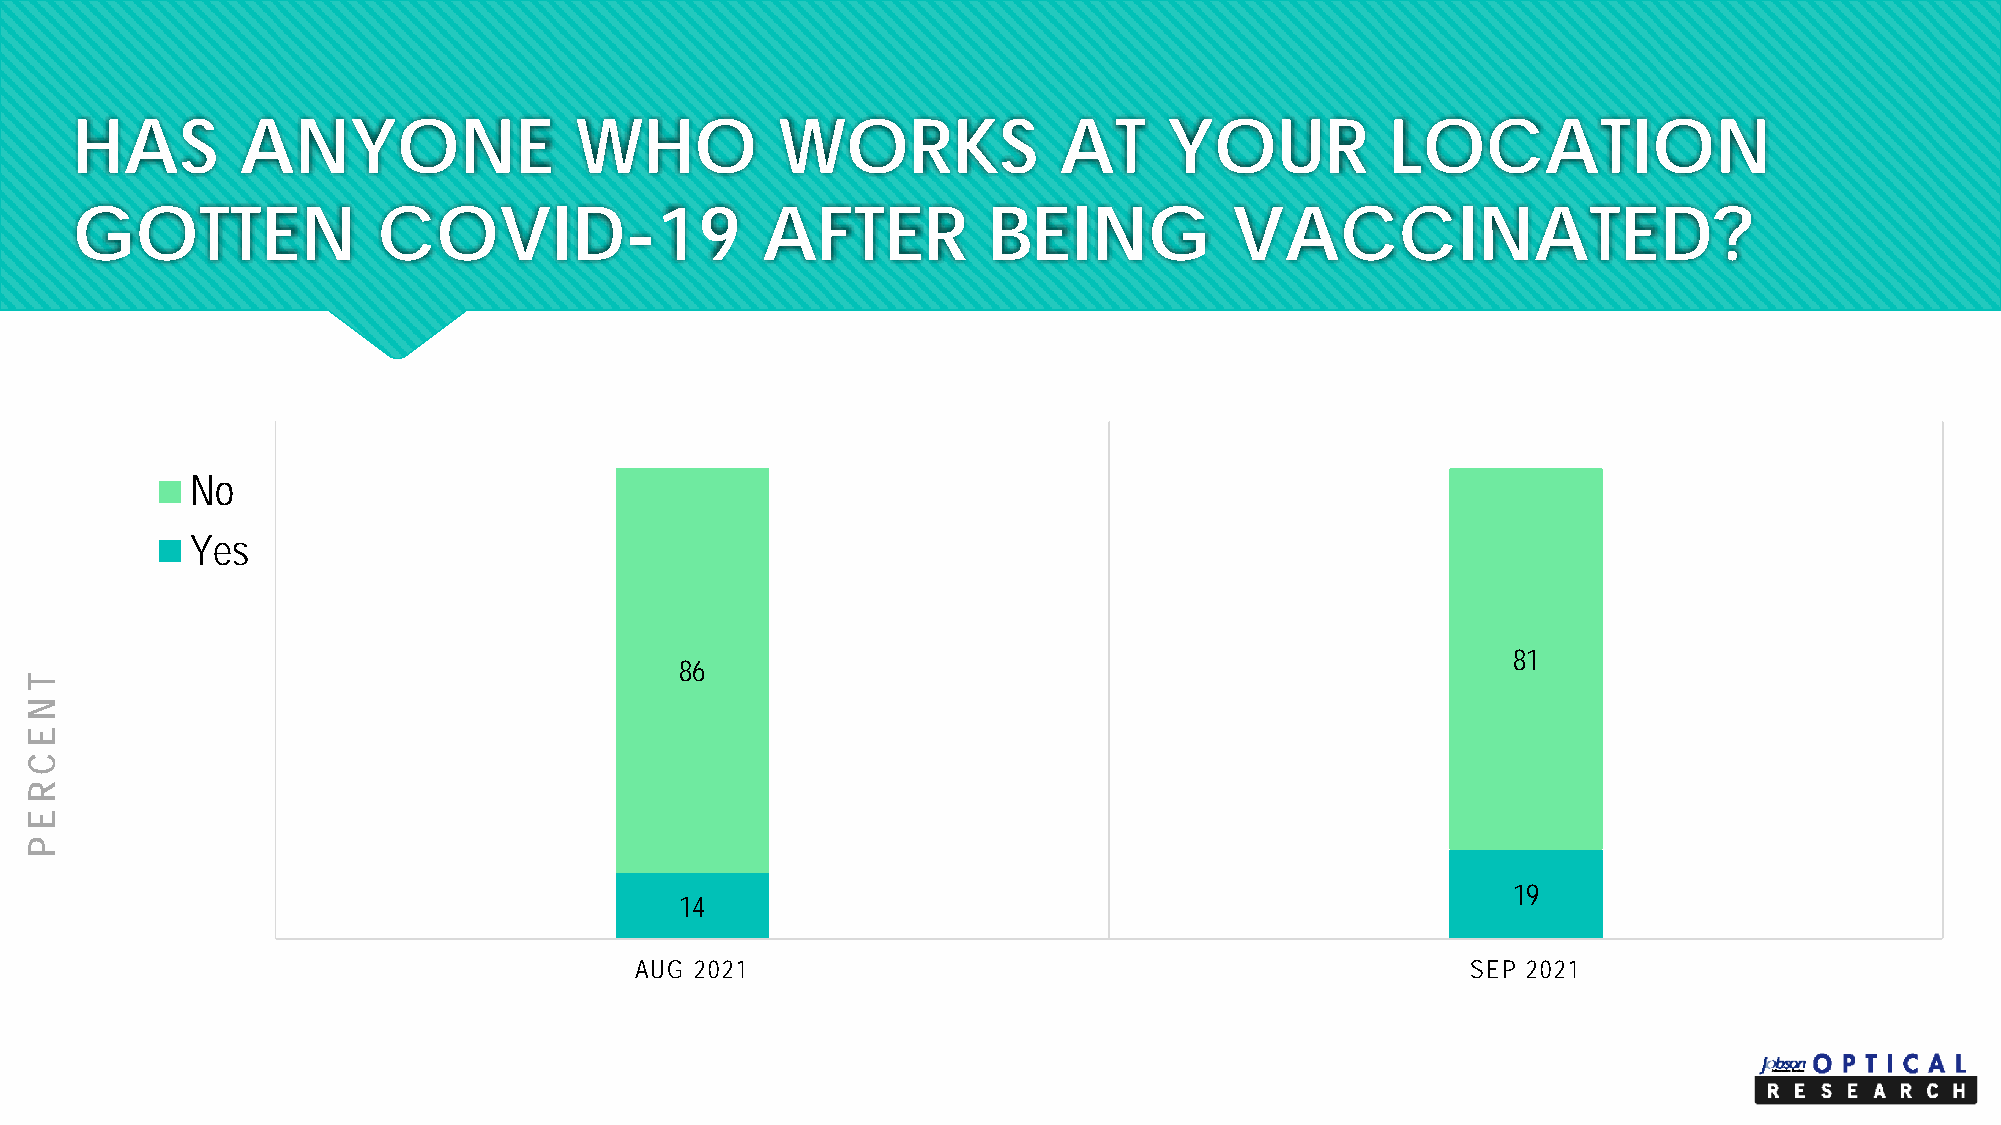
HAS        ANYONE                WHO           WORKS             AT     YOUR           LOCATION
 GOTTEN              COVID-19                 AFTER          BEING            VACCINATED?
 No
 Yes
 81
 86
 19
 14
 AUG 2021                                               SEP 2021
 T
 NE
 C
 REP